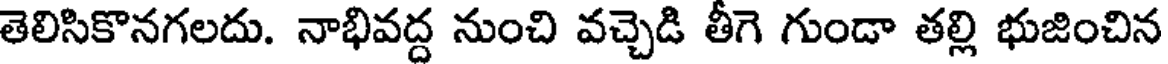
తెలిసికొనగలదు. నాభివద్ద నుంచి వచ్చెడి తీగె గుండా తల్లి భుజించిన